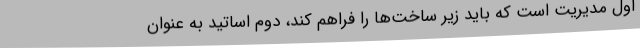
اول مدیریت است که باید زیر ساخت‌ها را فراهم کند، دوم اساتید به عنوان